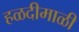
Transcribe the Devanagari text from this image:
हळदीमाळी